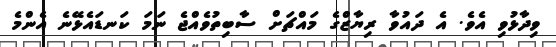
ވިދާޅުވި އެވެެ. އެ ދައުވާ ރިޔާޒްގެ މައްޗަށް ސާބިތުވެއްޖެ ނަމަ ކަނޑައެޅޭނެ އެންމެ